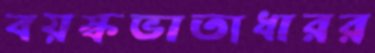
বয়স্কভাতাধারর